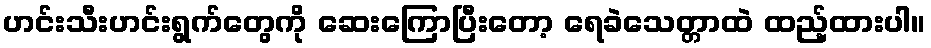
ဟင်းသီးဟင်းရွက်တွေကို ဆေးကြောပြီးတော့ ရေခဲသေတ္တာထဲ ထည့်ထားပါ။